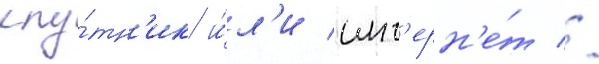
спу́тн'ик и́л'и инт'ерн'е́т //